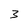
Character: 3